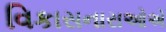
વિકાસનારાઓએ